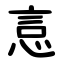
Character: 悥